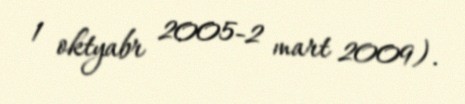
1 oktyabr 2005-2 mart 2009).